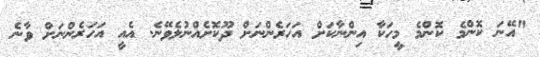
"އޭނަ ކޮންމެ ކޮންމެ މީހަކާ އިންނާކަށް އަހަރެންނަށް ދޫކޮށެއްނުލެވޭނެ. އެއީ އަހަރެންނަށް ވާނެ